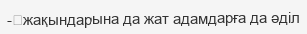
-	жақындарына да жат адамдарға да әділ